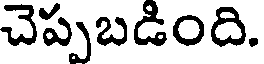
చెప్పబడింది.